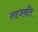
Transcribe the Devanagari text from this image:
लाजवंति